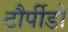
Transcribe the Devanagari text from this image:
टौर्पीडो